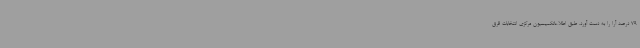
79 درصد آرا را به دست آورد. طبق اطلاعاتکمیسیون مرکزی انتخابات قرق